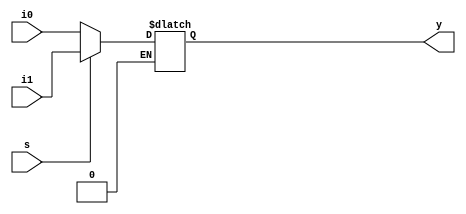
module mux2x1_bh(i0,i1,s,y);
input i0,i1,s;
output reg y;
always @ (i0,i1,s)
begin
if(s==0)
y=i0;
if(s==1)
y=i1;
end

endmodule